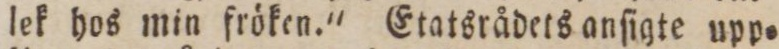
lek hos min fröken.' Etatsrådets anſigte upp=